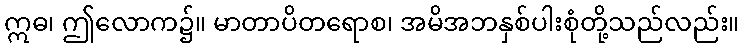
ဣဓ၊ ဤလောက၌။ မာတာပိတရောစ၊ အမိအဘနှစ်ပါးစုံတို့သည်လည်း။